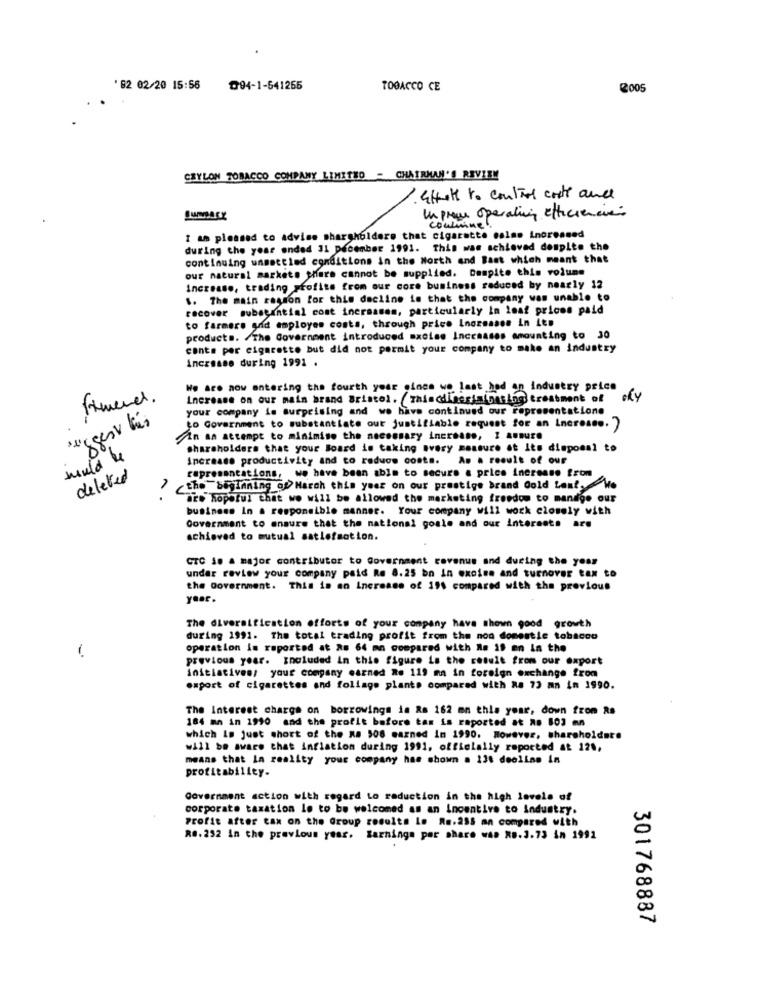
' 82 02/20 15:56
₾94-1-541265
TOBACCO CE
@005
CEYLON TOBACCO COMPANY LIMITED - CHAIRMAN'S REVIEN
Ethelt to control costs and
Un prome operating efficiencies
conmin
I am pleased to advise sharsholdere that cigarette calme increased
during the year ended 31 December 1991. This was achieved despite the
continuing unsettled conditions in the North and Bast which meant that
our natural markets share cannot be supplied. Despite this volume
Increase, trading profite from our core business reduced by nearly 12
.. The main region for this decline in that the company was unable to
recover substantial cont increases, particularly in leat prices paid
to farmers and employes costs, through price Inoznases in Les
products. /The Government introduced mxoles Increases amounting to 30
conte per cigarette but did not permit your company to make an industry
increase during 1991 .
We Are now entering the fourth your cines wo last hod an industry price
Increase on our main brand Bristol. Thiscdinesininasing treatment of
OKY
your company is surprising and we have continued our representatione
suggest his
to Government to substantiate out justifiable request for an increase. )
Ain an attempt to minimise the necessary increase, I assure
shareholders that your Board is taking avery measure at Its disposal to
increase productivity and co reduce costs. As a result of our
rapresentations, we have been able to secure a price increase from
deleted
the beginning of March this year on our prestige brand Gold Lant, Wo
are hopeful that we will be allowed the marketing freedom to mandige our
business In a responsible manner. Your company will work closely with
Government to ensure that the national goals and our interests are
achieved to mutual satlofsation.
CTC 10 a major contributor to Government revenue and during the year
under review your company paid Re 8.25 bn in excise and turnover tax to
the Government. This is an increase of 191 compared with the previous
year.
The diversification efforts of your company have shown good growth
during 1991. The total trading profit from the non domestic tobacco
operation is reported at &# 64 mn compared with Me if en In the
previous year. nuluded in this figure is the result from our export
initiatives; your company earned Re 119 ma in foreign exchange from
export of cigarettes and foliage plants compared with R. 73 mn in 1990.
The Interest charge on borrowings is Rs 162 mn this your, down from Rs
184 mn in 1990 and the profit before tax is reported at as 803 mn
which is just short of the Me 508 earned in 1990. However, shareholders
will be aware that inflation during 1991, officially reported at 128,
means that In reality your company has shown a 130 deelins in
profitability.
Government action with regard Lo reduction in the high levels of
corporate taxation le to be welcomed as an Incentive to industry.
Profit after tax on the Group results Le Re.255 an compared with
R0.252 in the previous year. Earnings per share was RB.3.73 in 1992
301768887